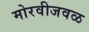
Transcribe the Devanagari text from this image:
मोरवीजवळ